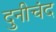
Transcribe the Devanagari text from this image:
दुनीचंद